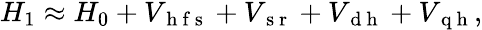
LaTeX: \begin{array}{r}{{H_{1}}\approx H_{0}+V_{\mathrm{~h~f~s~}}+V_{\mathrm{~s~r~}}+V_{\mathrm{~d~h~}}+V_{\mathrm{~q~h~}},}\end{array}